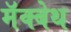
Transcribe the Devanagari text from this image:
मॅक्बेथ